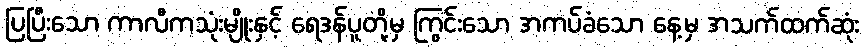
ပြပြီးသော ကာလိကသုံးမျိုးနှင့် ရေဒန်ပူတို့မှ ကြွင်းသော အကပ်ခံသော နေ့မှ အသက်ထက်ဆုံး